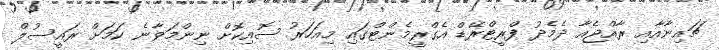
ޗައިނާއާއި ރާއްޖެއާ ދެމެދު ފްރީޓްރޭޑް އެގްރީމެންޓްގައި މިއަހަރު ސޮއިކޮށް ނިންމަވާނެ ކަމަށް ރައީސުލް